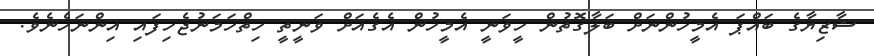
ޝާޒިޔާގެ ބައްޕަ އެމީހުންނަށް ބަލާގޮތުން ހީވަނީ އެމީހުން އެގެއަށް ވަނީތީ ހިތްހަމަނުޖެހިފައި އިންނަހެނެވެ.